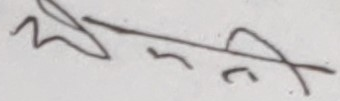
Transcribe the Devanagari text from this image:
पनि